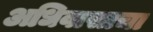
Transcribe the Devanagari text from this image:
अधिवासाचा